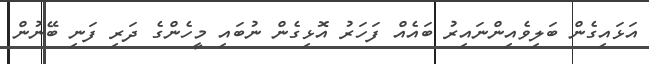
އަޅައިގެން ބަލިވެއިންނައިރު ބައެއް ފަހަރު އޮޅިގެން ނުބައި މީހެންގެ ދަރި ފަނި ބޭނުން